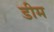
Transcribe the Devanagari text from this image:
डीम